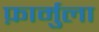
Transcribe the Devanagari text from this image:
फ़ार्मुला